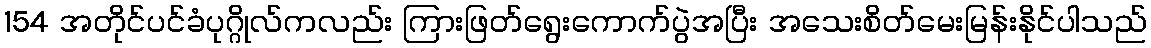
154 အတိုင်ပင်ခံပုဂ္ဂိုလ်ကလည်း ကြားဖြတ်ရွေးကောက်ပွဲအပြီး အသေးစိတ်မေးမြန်းနိုင်ပါသည်